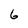
Character: 6